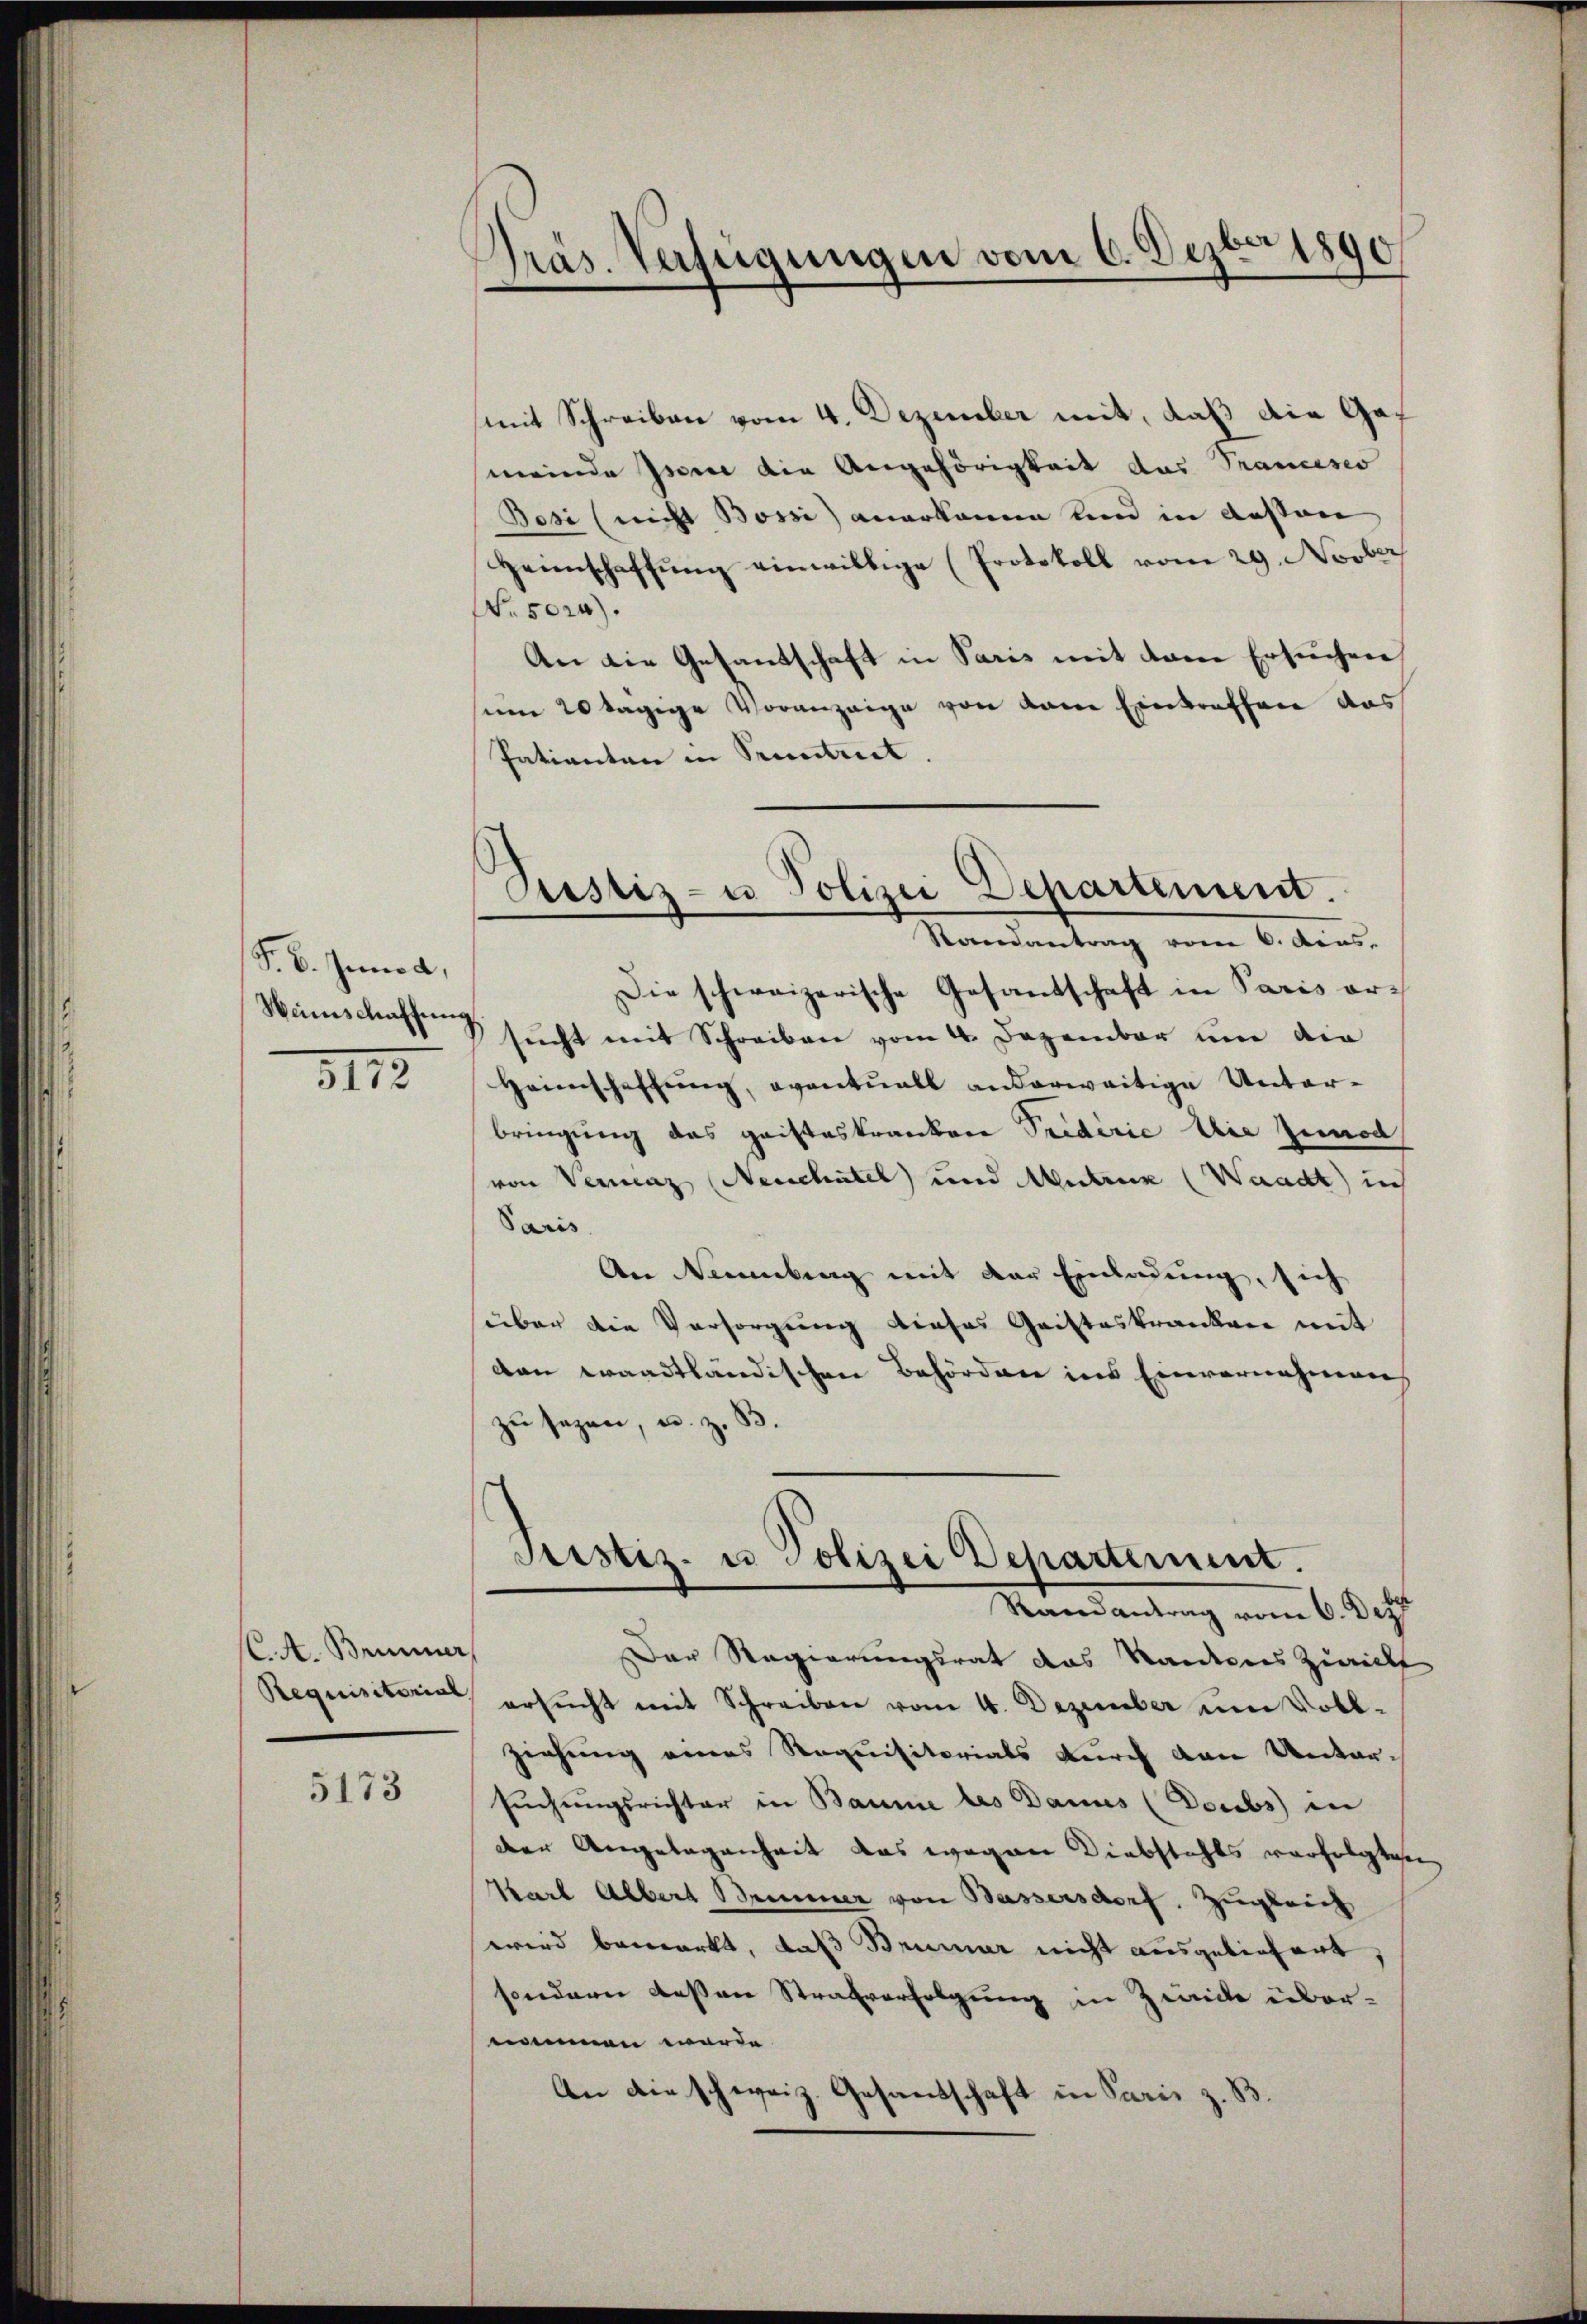
F. B. Junod,
Weinschaffung.
3112

C.A. Brunner
Requisitorial

5173

Präs. Verfügungen vom 6. Dezbr 1890

mit Schreiben vom 4. Dezember mit, daß die Gas
meinde Isonne die Angehörigkeit das Trancesco
Besi (nicht Bossi anerkanne und in dessen
Heimschaffŭng einwillige (Protokoll vom 29. Novber
Nr. 5024).
An die Gesandschaft in Paris mit dem Ersuchen
um 20 tägige Voranzeige von dene Eintreffene das
Patienten in Sentiret. |
Die schweizerische Gesandschaft in Paris ersucht mit Schreiben vom 4. Dezember um der
Heimschaffung, eventuell anderweitige Unterbringung das gaisteskranken Triderie die Zunod
von Vernenz Neuchatel und Mutzen (Waadt in
Paris
An Neuenburg mit der Einladung, sich
über die Versorgung dieses Geisteskranken mit
von waadtländischen Behörde ins Einvernehmen
zu sagen, u. z. B.
Justiz- u Polizei Departement.
Mandantung vom 6. Sept
Der Regierungsrat das Kantons Zürich
ersŭcht mit Schreiben vom 4. Dezember um Voll-
ziehung eines Requisitorials durch den Untersuchungsrichter in Baume des Danns (Doubs in
der Angelegenheit das wegen Diebstahls verfolgten
Karl Albert Briner von Bassersdorf, Zugleich
wird bemerkt, daß Brunner nicht ausgeliefert,
sondern dessen Strafverfolgung in Zwicke übernommen werde.
An die schweiz. Gesandschaft in Paris z. B.

Justiz- u Polizei Departement.
Rondantrag vom 6. dens.